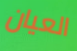
العيان